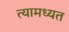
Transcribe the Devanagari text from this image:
त्यामध्यत